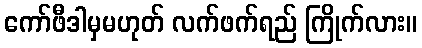
ကော်ဖီဒါမှမဟုတ် လက်ဖက်ရည် ကြိုက်လား။